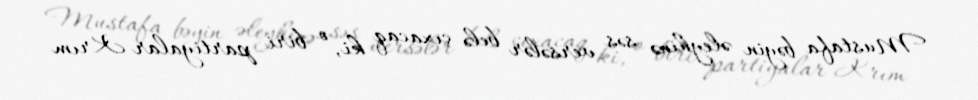
Mustafa bəyin əleyhinə səs versələr belə çıxacaq ki, o biri partiyalar Krım